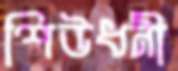
শিউধনী